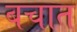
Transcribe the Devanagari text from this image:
बचात